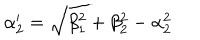
\alpha _ { 2 } ^ { \prime } = \sqrt { \beta _ { 1 } ^ { 2 } + \beta _ { 2 } ^ { 2 } - \alpha _ { 2 } ^ { 2 } }